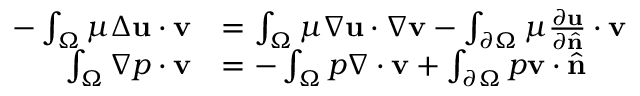
{ \begin{array} { r l } { - \int _ { \Omega } \mu \Delta \mathbf { u } \cdot \mathbf { v } } & { = \int _ { \Omega } \mu \nabla \mathbf { u } \cdot \nabla \mathbf { v } - \int _ { \partial \Omega } \mu { \frac { \partial \mathbf { u } } { \partial { \hat { \mathbf { n } } } } } \cdot \mathbf { v } } \\ { \int _ { \Omega } \nabla p \cdot \mathbf { v } } & { = - \int _ { \Omega } p \nabla \cdot \mathbf { v } + \int _ { \partial \Omega } p \mathbf { v } \cdot { \hat { \mathbf { n } } } } \end{array} }